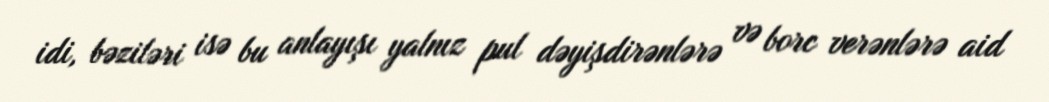
idi, bəziləri isə bu anlayışı yalnız pul dəyişdirənlərə və borc verənlərə aid